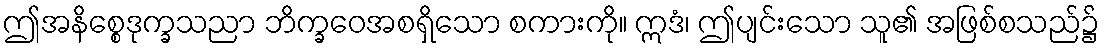
ဤအနိစ္စေဒုက္ခသညာ ဘိက္ခဝေအစရှိသော စကားကို။ ဣဒံ၊ ဤပျင်းသော သူ၏ အဖြစ်စသည်၌